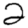
Digit: 2